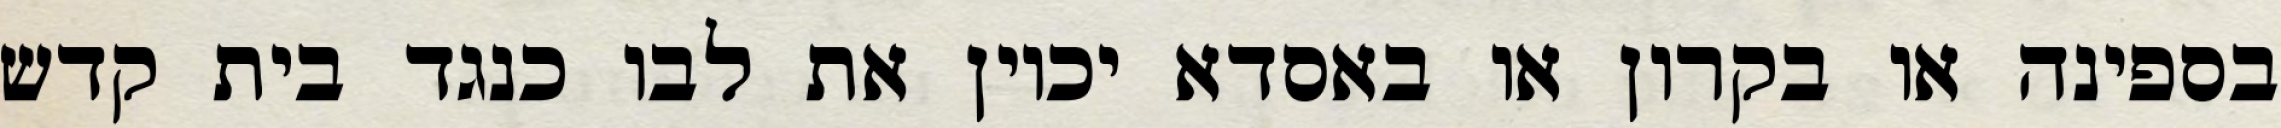
בספינה או בקרון או באסדא יכוין את לבו כנגד בית קדש